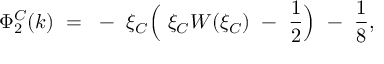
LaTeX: \Phi _ { 2 } ^ { C } ( k ) ~ = ~ - ~ \xi _ { C } \Bigl ( ~ \xi _ { C } W ( \xi _ { C } ) ~ - ~ \frac { 1 } { 2 } \Bigr ) ~ - ~ \frac { 1 } { 8 } ,